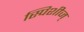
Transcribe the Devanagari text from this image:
स्पिशीज्‌